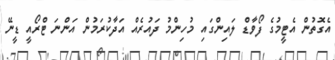
އެގޮތުން އެޓީމުގެ ފޯވާޑް ލައިންގައި މުހިންމު ދައުރެއް އަދާކުރަމުން އަންނަ ޓްރޯއީ ޑީނޭ